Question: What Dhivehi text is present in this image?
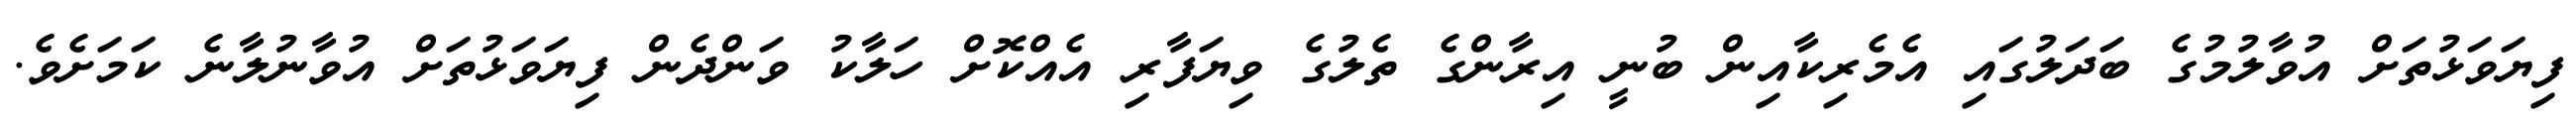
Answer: ފިޔަވަޅުތަށް އުވާލުމުގެ ބަދަލުގައި އެމެރިކާއިން ބުނީ އިރާންގެ ތެލުގެ ވިޔަފާރި އެއްކޮށް ހަލާކު ވަންދެން ފިޔަވަޅުތަށް އުވާނުލާނެ ކަމަށެވެ.